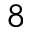
8